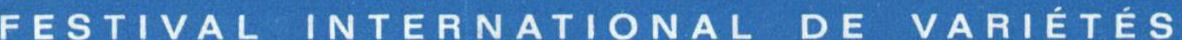
FESTIVAL INTERNATIONAL DE VARIÉTÉS